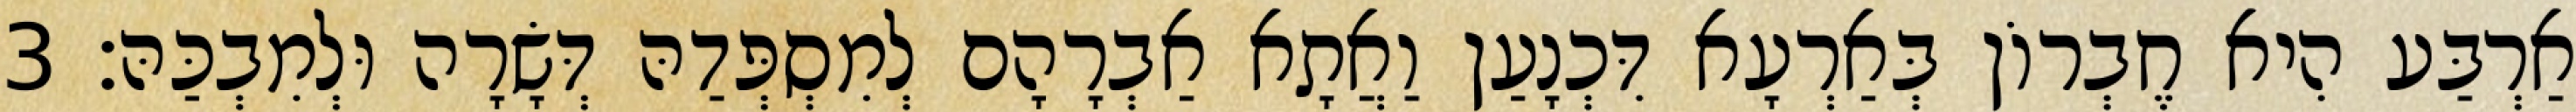
אַרְבַּע הִיא חֶבְרוֹן בְּאַרְעָא דִּכְנָעַן וַאֲתָא אַבְרָהָם לְמִסְפְּדַהּ דְּשָׂרָה וּלְמִבְכַּהּ׃ 3